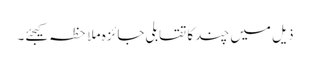
ذیل میں چند کا تقابلی جائزہ ملاحظہ کیجئے۔